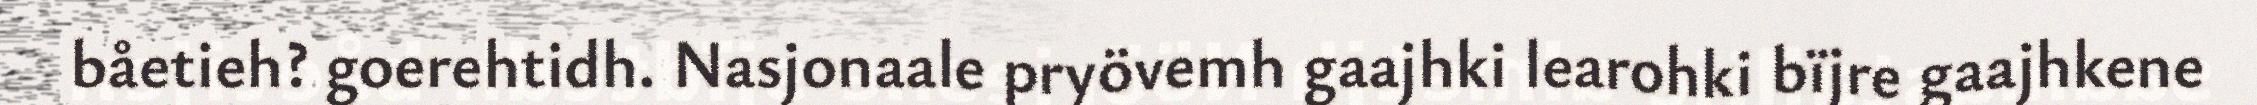
båetieh? goerehtidh. Nasjonaale pryövemh gaajhki learohki bïjre gaajhkene